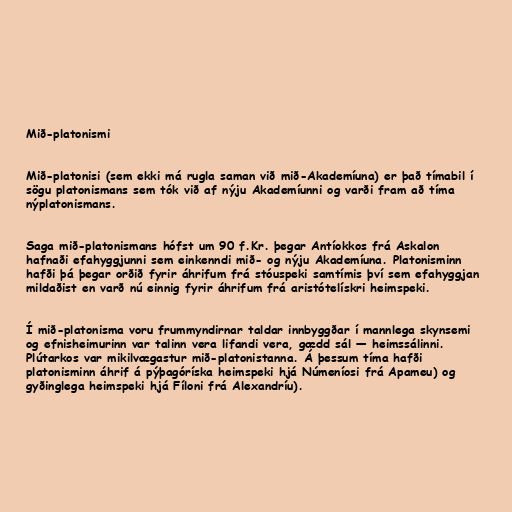
Mið-platonismi

Mið-platonisi (sem ekki má rugla saman við mið-Akademíuna) er það tímabil í
sögu platonismans sem tók við af nýju Akademíunni og varði fram að tíma
nýplatonismans.

Saga mið-platonismans hófst um 90 f.Kr. þegar Antíokkos frá Askalon
hafnaði efahyggjunni sem einkenndi mið- og nýju Akademíuna. Platonisminn
hafði þá þegar orðið fyrir áhrifum frá stóuspeki samtímis því sem efahyggjan
mildaðist en varð nú einnig fyrir áhrifum frá aristótelískri heimspeki.

Í mið-platonisma voru frummyndirnar taldar innbyggðar í mannlega skynsemi
og efnisheimurinn var talinn vera lifandi vera, gædd sál — heimssálinni.
Plútarkos var mikilvægastur mið-platonistanna. Á þessum tíma hafði
platonisminn áhrif á pýþagóríska heimspeki hjá Númeníosi frá Apameu) og
gyðinglega heimspeki hjá Fíloni frá Alexandríu).